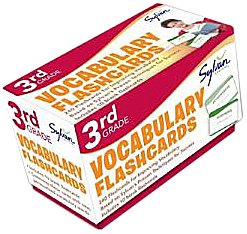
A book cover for Third Grade Vocabulary Flashcards (Flashcards Language Arts); Sylvan Learning; Reference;